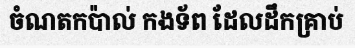
ចំណតកប៉ាល់ កងទ័ព ដែលដឹកគ្រាប់